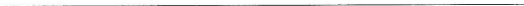
___